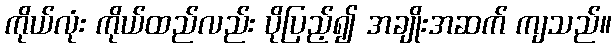
ကိုယ်လုံး ကိုယ်ထည်လည်း ပိုပြည့်၍ အချိုးအဆက် ကျသည်။